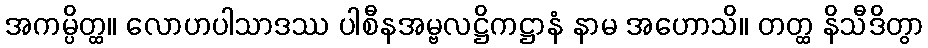
အကမ္ပိတ္ထ။ လောဟပါသာဒဿ ပါစီနအမ္ဗလဋ္ဌိကဋ္ဌာနံ နာမ အဟောသိ။ တတ္ထ နိသီဒိတွာ